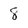
Character: 8